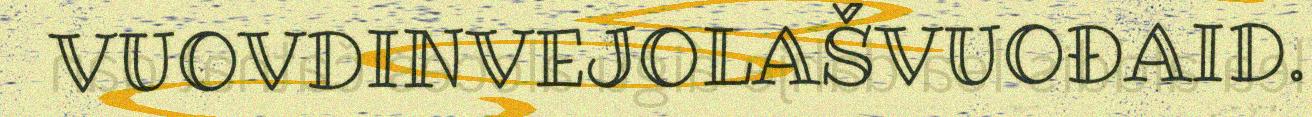
VUOVDINVEJOLAŠVUOĐAID.